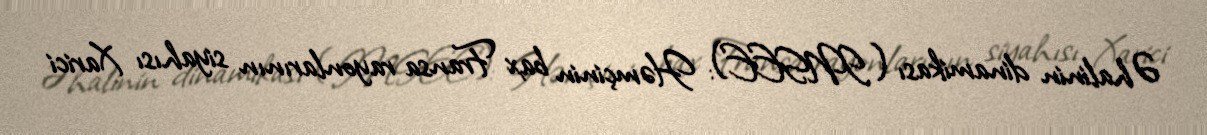
Əhalinin dinamikası (INSEE): Həmçinin bax Fransa rayonlarının siyahısı Xarici